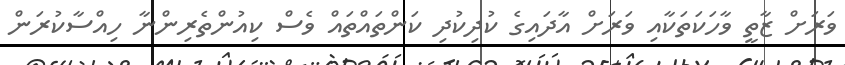
ވަރަށް ޒާތީ ވާހަކަތަކާއި ވަރަށް އާދައިގެ ކުދިކުދި ކަންތައްތައް ވެސް ކިއުންތެރިންނާ ހިއްސާކުރަން